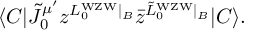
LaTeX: \langle C | { \tilde { J } } _ { 0 } ^ { \mu ^ { \prime } } z ^ { L _ { 0 } ^ { \mathrm { W Z W } } \vert _ { B } } { \bar { z } } ^ { { \tilde { L } } _ { 0 } ^ { \mathrm { W Z W } } \vert _ { B } } | C \rangle .